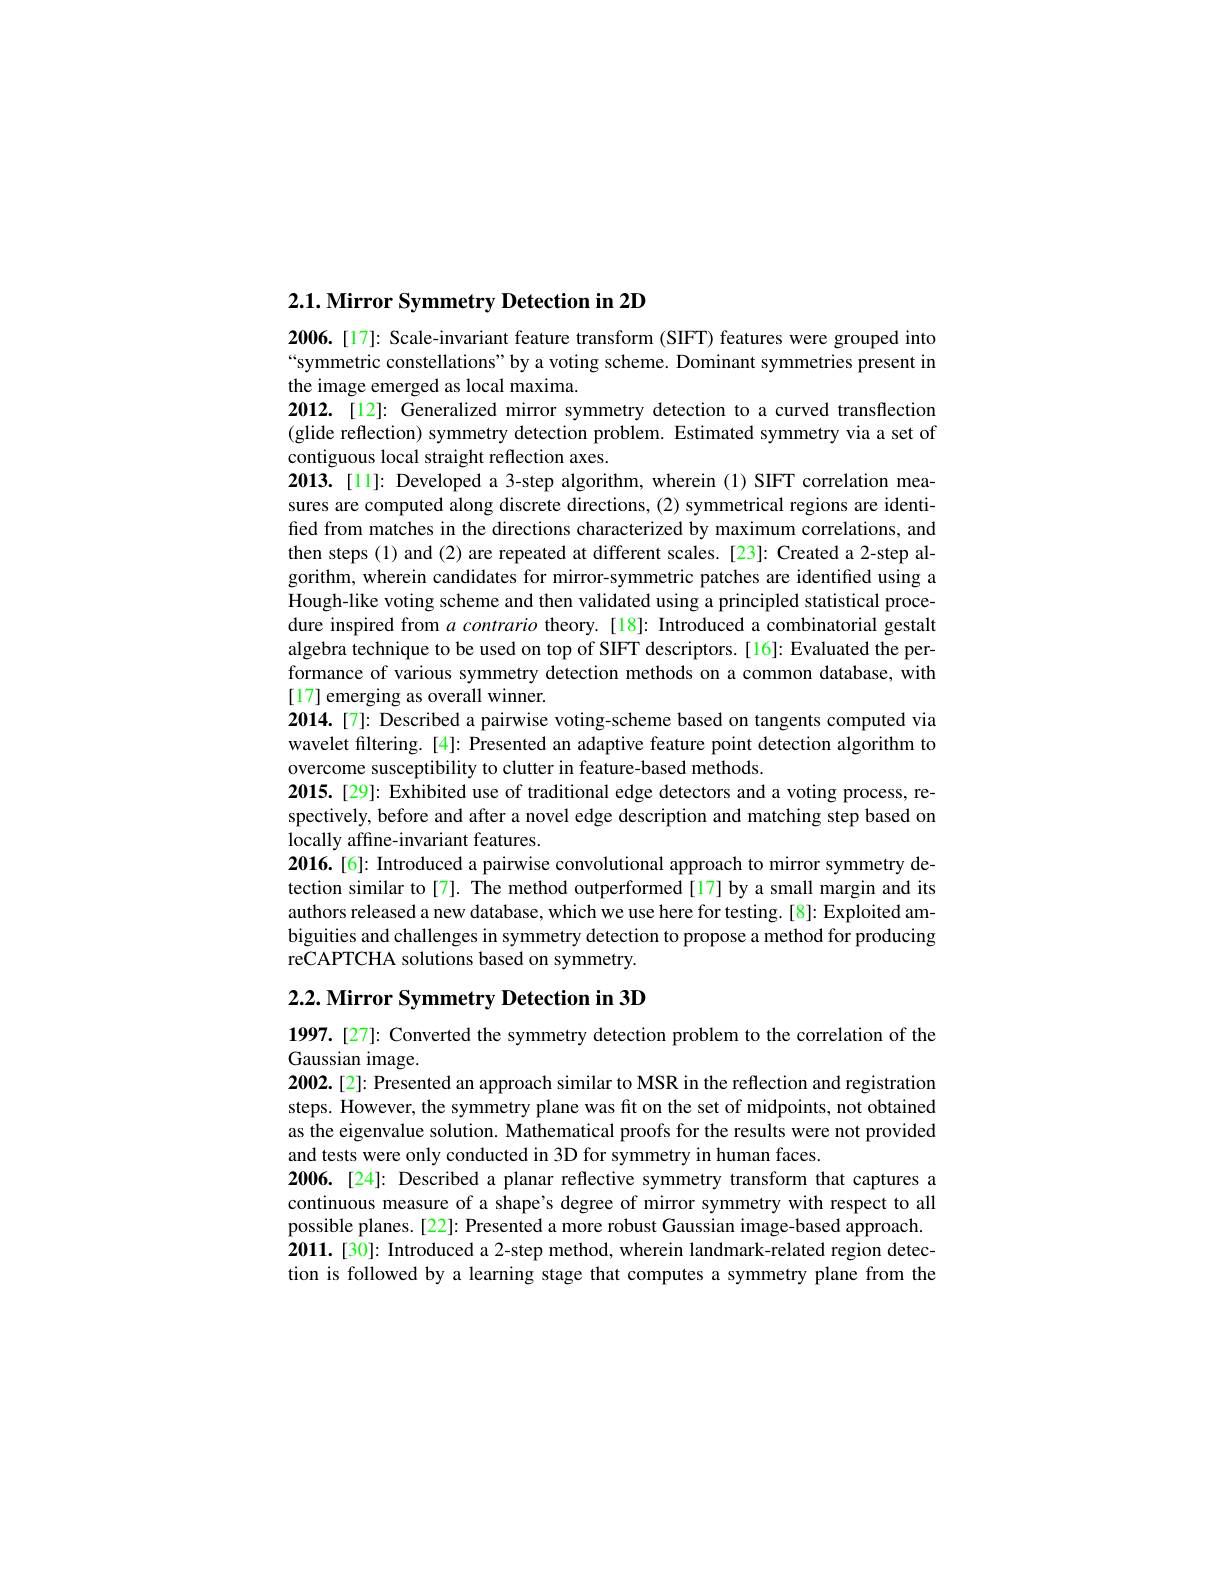
2.1. Mirror Symmetry Detection in 2D

2006.[17]: Scale-invariant feature transform (SIFT) features were grouped into “symmetric constellations" by a voting scheme. Dominant symmetries present in the image emerged as local maxima
2012. [12]: Generalized mirror symmetry detection to a curved transflection (glide reflection) symmetry detection problem. Estimated symmetry via a set of contiguous local straight reflection axes.
2013. [11]: Developed a 3-step algorithm, wherein (1) SIFT correlation measures are computed along discrete directions, (2) symmetrical regions are identifed from matches in the directions characterized by maximum correlations, and then steps (1) and (2) are repeated at different scales. [23]: Created a 2-step algorithm, wherein candidates for mirror-symmetric patches are identified using a Hough-like voting scheme and then validated using a principled statistical procedure inspired from $a\textit{contrario theory. [ 18] : Introduced a combinatorial gestaltere inspired from a contrario theory. [ 18] : Introduced a combinatorial gestaltere inter ater ater ater ater ar ater ater ater ater ater ater ater ater ater ater ater ater ate}$ algebra technique to be used on top of SIFT descriptors. [16]: Evaluated the performance of various symmetry detection methods on a common database, with [17] emerging as overall winner.
2014.[7]{:} Described a pairwise voting-scheme based on tangents computed via wavelet filtering.[4]: Presented an adaptive feature point detection algorithm to overcome susceptibility to clutter in feature-based methods
2015. [29]: Exhibited use of traditional edge detectors and a voting process, re spectively, before and after a novel edge description and matching step based on locally affine-invariant features.
2016.[6]: Introduced a pairwise convolutional approach to mirror symmetry detection similar to[7]. The method outperformed[17] by a small margin and its authors released a new database, which we use here for testing. [8]: Exploited ambiguities and challenges in symmetry detection to propose a method for producing reCAPTCHA solutions based on symmetry. 2.2. Mirror Symmetry Detection in 3D

$\mathbf{1997.[27]:~}$Converted the symmetry detection problem to the correlation of the

Gaussian image.
2002.[2]: Presented an approach similar to MSR in the reflection and registration steps. However, the symmetry plane was fit on the set of midpoints, not obtained as the eigenvalue solution. Mathematical proofs for the results were not provided and tests were only conducted in 3D for symmetry in human faces.
2006.[24]: Described a planar reflective symmetry transform that captures a continuous measure of a shape's degree of mirror symmetry with respect to all possible planes.[22]: Presented a more robust Gaussian image-based approach. 2011. [30]: Introduced a 2-step method, wherein landmark-related region detection is followed by a learning stage that computes a symmetry plane from the